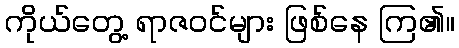
ကိုယ်တွေ့ ရာဇဝင်များ ဖြစ်နေ ကြ၏။